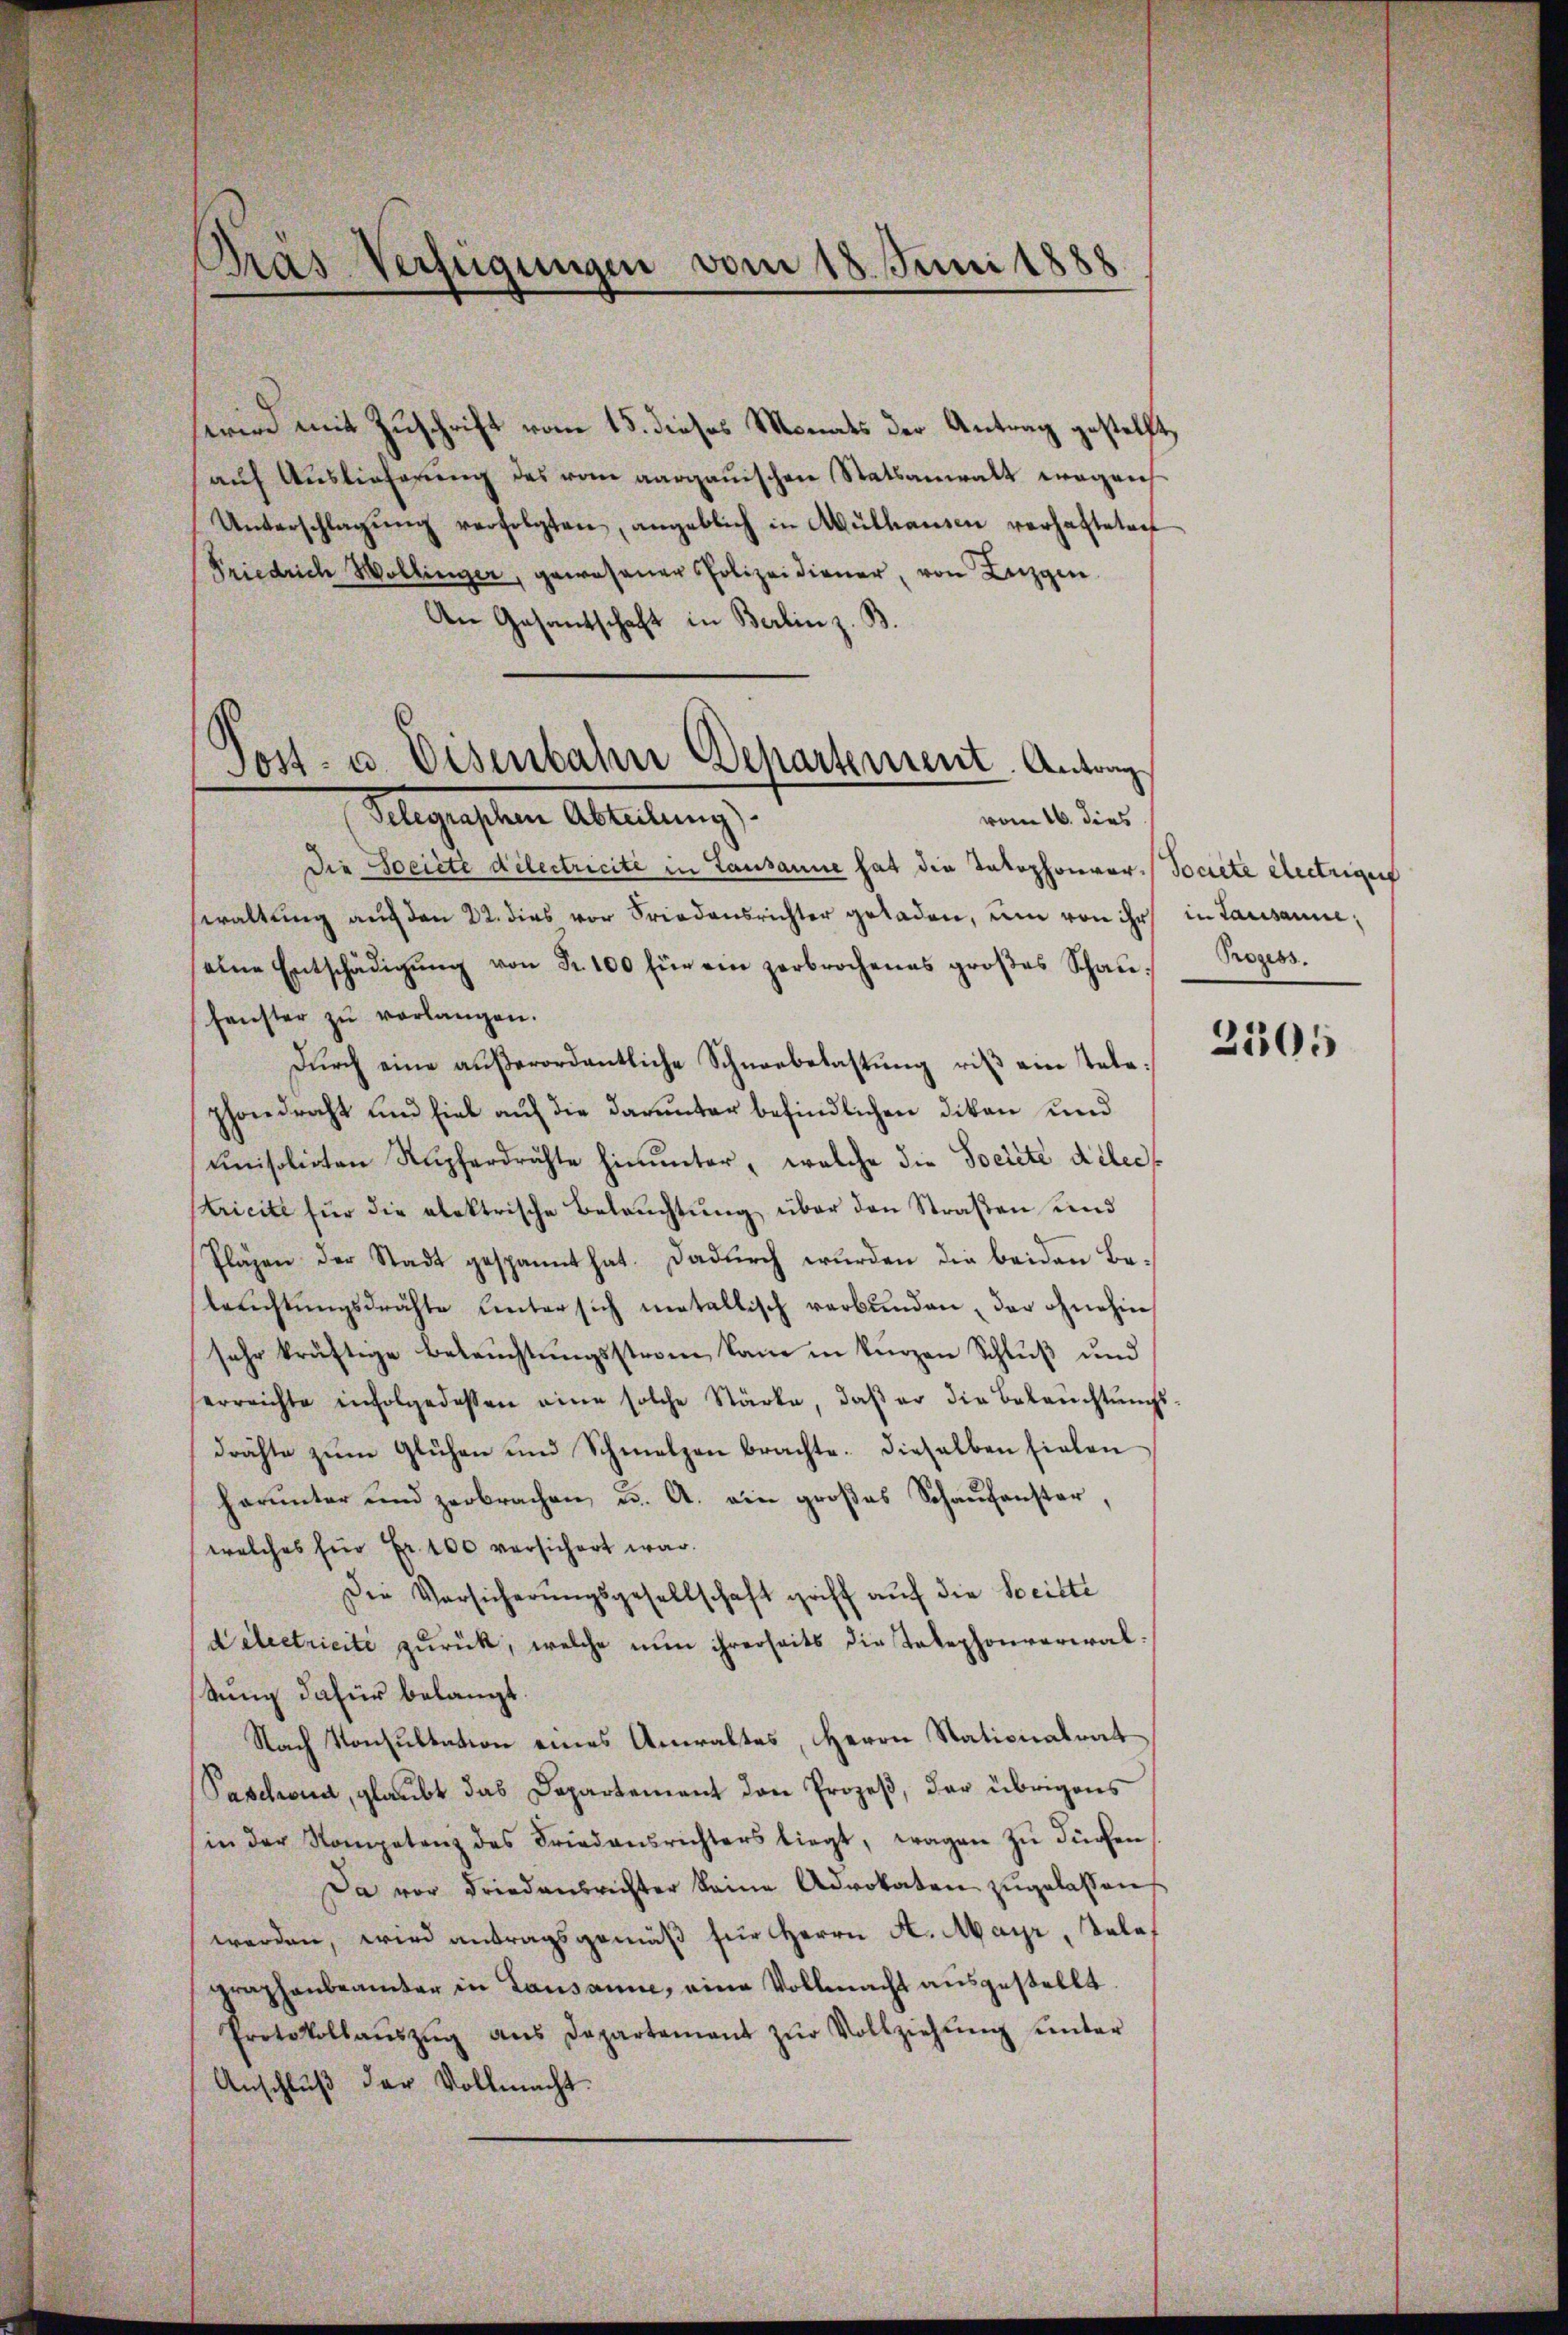
Dras Verfügungen vom 18. Juni 1888.

wird mit Zuschrift vom 15. dieses Monats der Antrag gestellt,
auf Auslieferung des vom aargauischen Statsanwalt wegen
Unterschlagŭng verfolgten, angeblich in Mülhausen verhafteten
Friedrich Wollinger, gewesener Polizeidiener, von Luzgen
An Gesandschaft in Berlin z. B.
Sost- u. Eisenbahn Departement. Antrag

Selegraphen Abteilung).
vom 16. dies

Die Societe dilectricite in Lausanne hat die Takophonver-Societe Antrige
waltung auf den 22. dies vor Friedensrichter geladen, um von ihr in Lausanne,
eine Entschädigŭng von Fr. 100 für ein zerbrochenes groβes Schaŭ-
Fenster zŭ verlangen.
Dŭrch eine aŭβerordentliche Schneebelastŭng riβ ein tele:
phondrecht und fiel auf die darunter befindlichen dikon und
ŭnisolirten Rŭpferdrichte hinunter, welche die Societe delec
tricite für die elektrische Beleŭchtŭng über den Straβen und
Pläzen der Stadt gespannt hat. Dadurch wurden die beiden Beleŭchtŭngsdrähte Unter sich metallisch verbunden, der ohnehin
sehr kräftige Beleŭchtŭngsstrom kam in kurzen Schluß und
erreichte infolgedessen eine solche Stärke, daβ er die Beleŭchtŭngs-
drähte zum Glühen und Schmelzen brachte. Dieselben fielen
harunter und zerbrachen, u. A. ein großes Schaufenster,
welches für Fr. 100 versichert war.
Die Vorsicherungsgesellschaft griff auf die Seitte
delectricite zurück, welche nun ihrerseits die Telephonverwaltung dafür belangt
Nach Konsultation eines Anwaltes, Herrn Stationalrat
Paselona, glaubt das Departement den Prozeß, der übrigens
in der Kompetenz des Friedensrichters liegt, wagen zŭ dürfen
Da vor Friedensrichter keine Advokaten zŭgelassens
werden, wird antragsgemäß für Herrn H. Mayr, Telef
graphenbeamter in Lausanne, eine Vollmacht ausgestellt.
Protokollaŭszŭg ans Departement zŭr Vollziehŭng ŭnter
Anschluß der Vollmacht.

Prozess.

2505